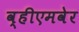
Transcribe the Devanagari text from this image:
व्हीएमवेर